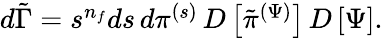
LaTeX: \begin{array}{r}{d\tilde{\Gamma}=s^{n_{f}}ds\, d\pi^{(s)}\, D\left[\tilde{\pi}^{(\Psi)}\right]\, D\left[\Psi\right].}\end{array}